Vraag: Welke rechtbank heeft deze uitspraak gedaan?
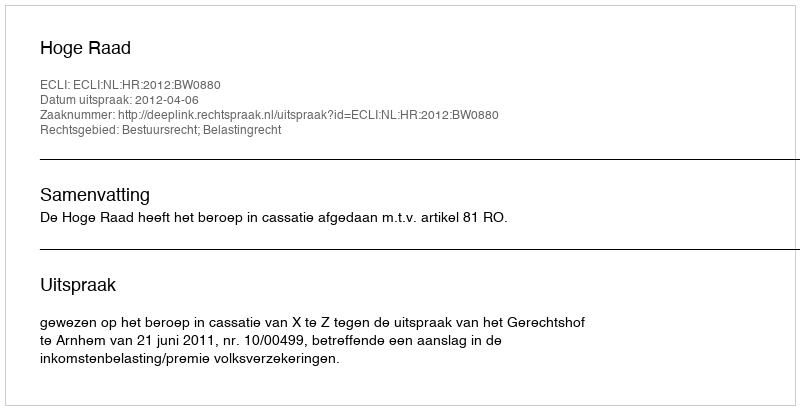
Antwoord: Hoge Raad